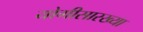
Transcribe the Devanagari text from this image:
योगीसारख्या